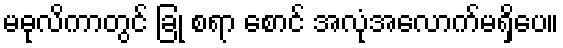
မဓုလိကာတွင် ခြုံ စရာ စောင် အလုံအလောက်မရှိပေ။